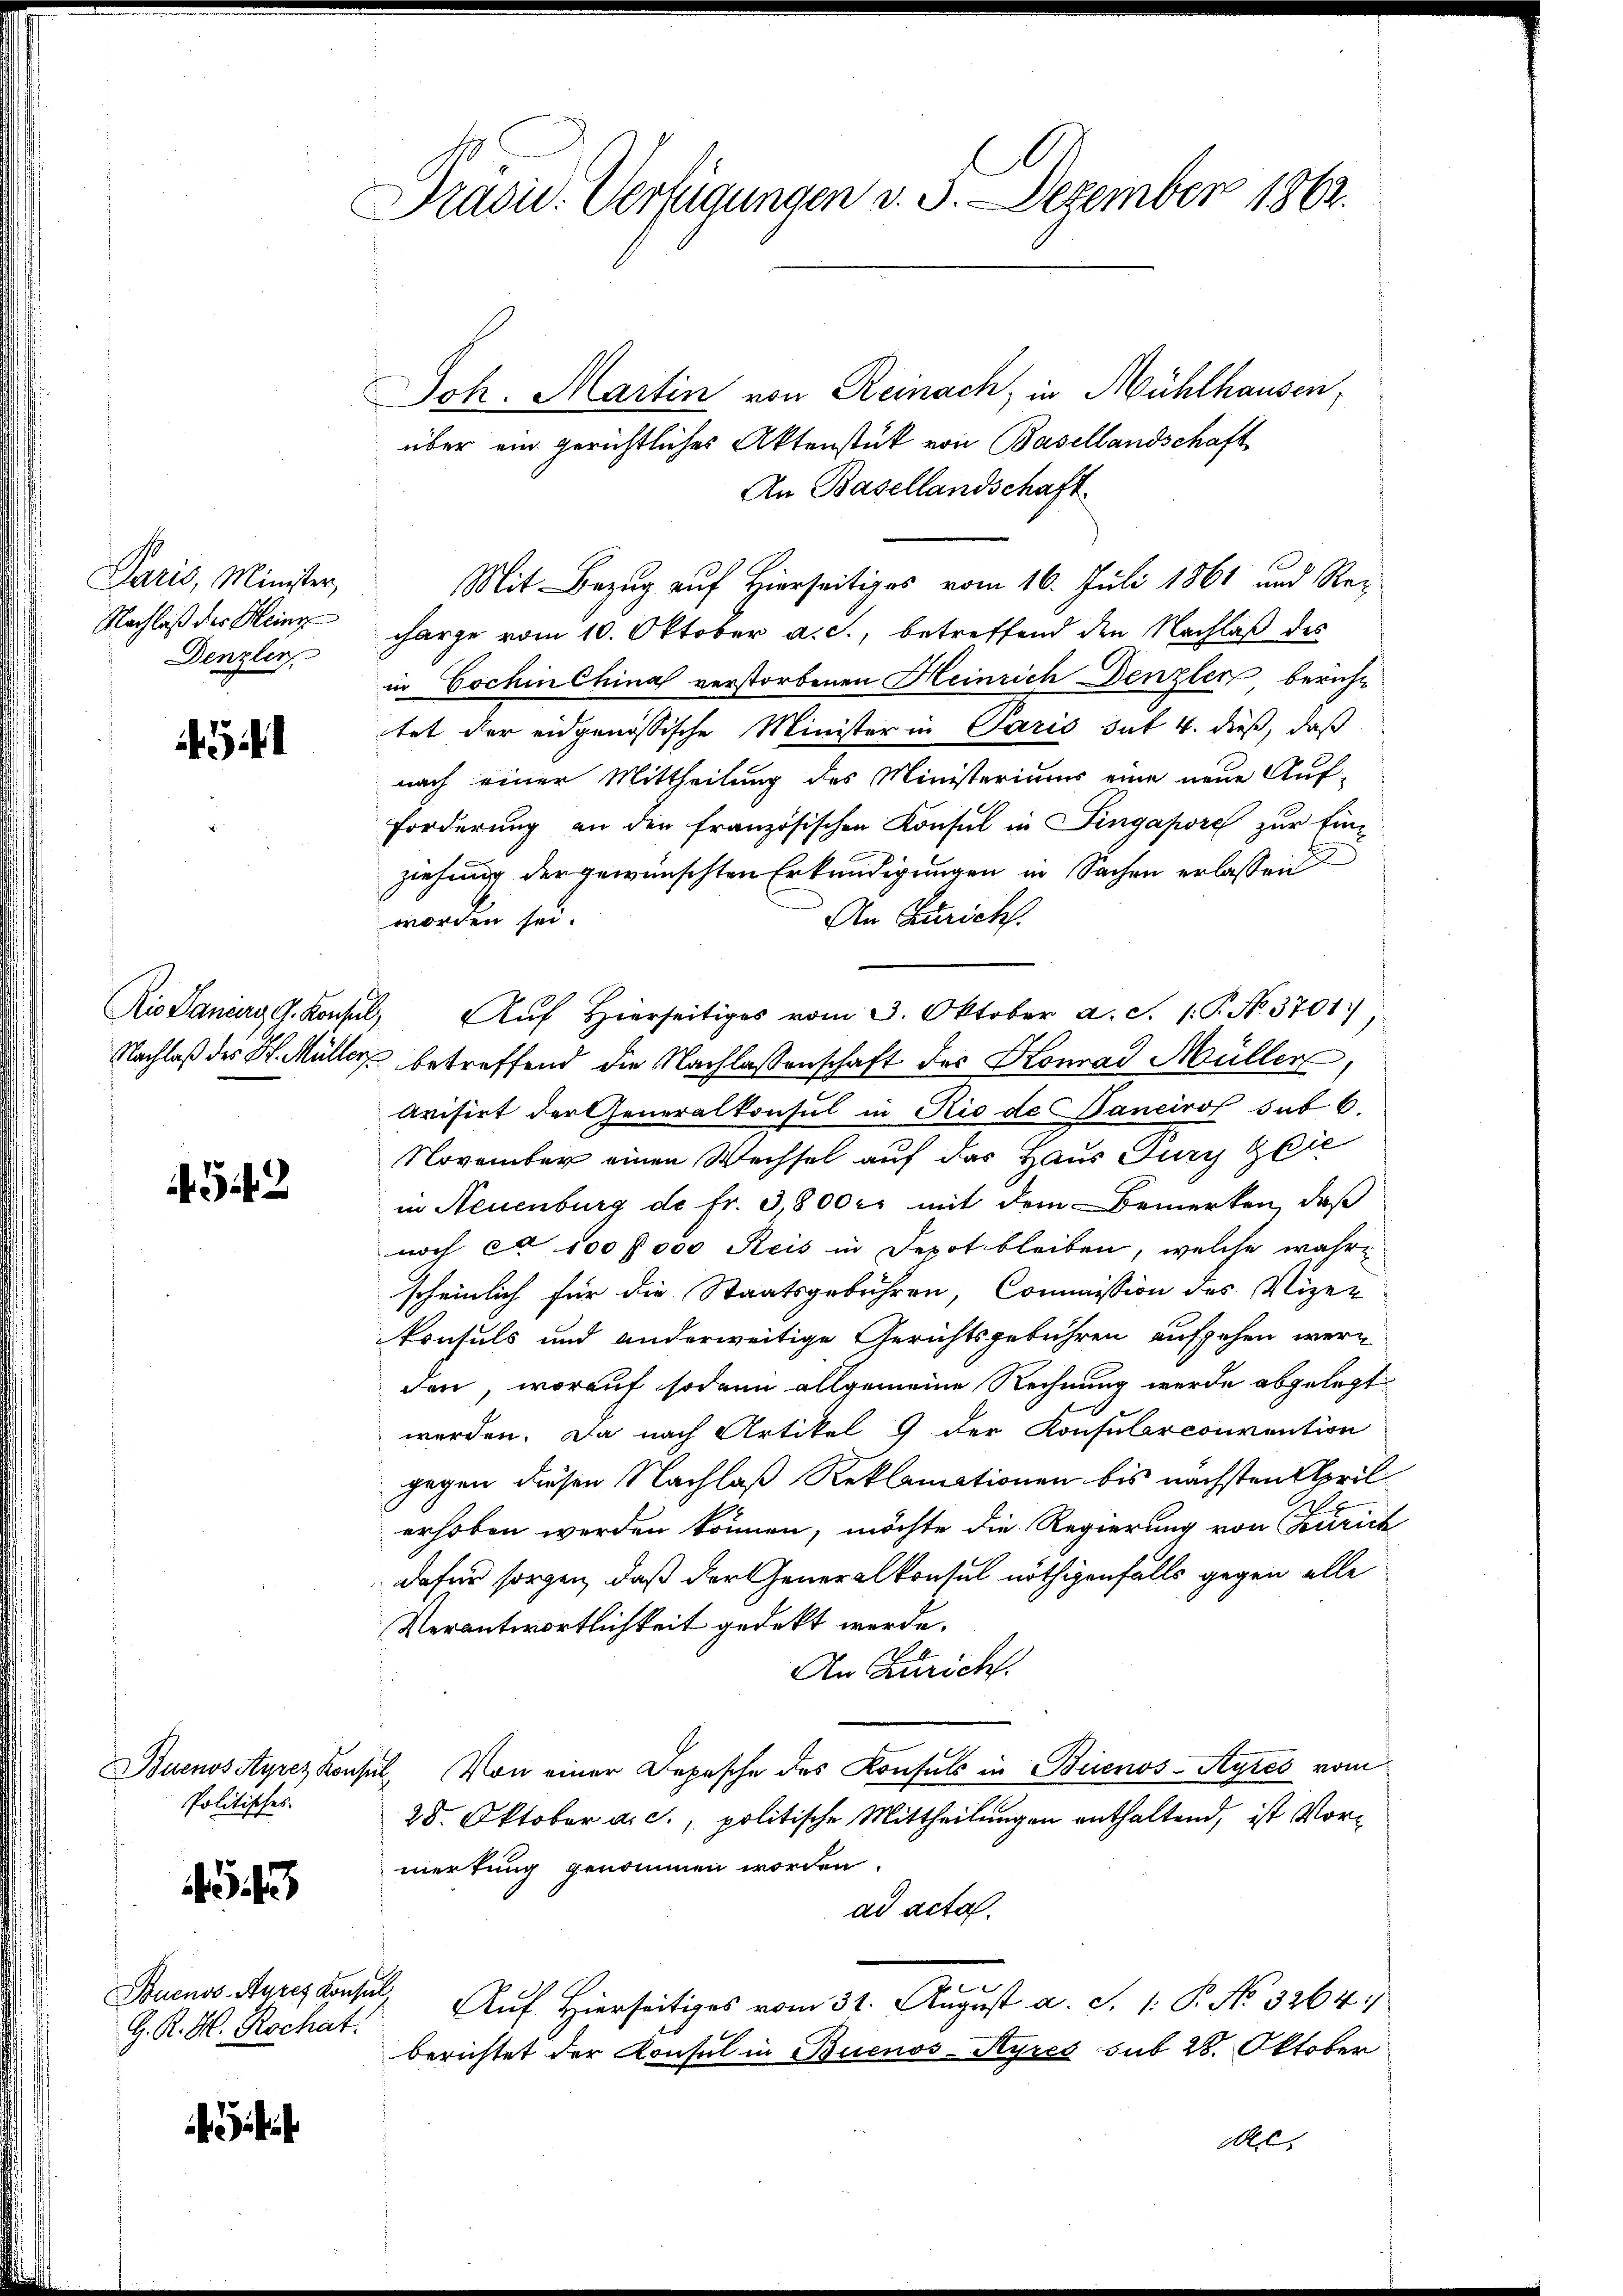
Paris, Minister,
Nachlaß der Meine
Denzlin

¬

452

Joh. Martin von Reinach, in Mühlhausen,
über ein gerichtliches Aktenstück von Basellandschaft
An Basellandschaft
Mit Bezug auf Hierseitiges vom 16. Juli 1861 und Re-
charge vom 10. Oktober a. c., betreffend den Nachlaß des
in Cochin China verstorbenen Meinrich Denzler beruht
tet der eidgenössische Minister in Paris sut 4. dieß, daß
nach einer Mittheilung des Ministeriums eine neue Auf-
Forderung an den französischen Konsul in Pingapore zur Ein-
ziehung der gewünschten Erkundigungen in Sachen erlassen
An Zürich.
worden sei.
Ris Daniers d. Konsul, Aŭf Hierseitiges vom 3. Oktober a. S. 1 P. N. 3701)
Nachlaß des H. Müller betreffend die Nachlassenschaft des Konrad Müller,
Avisirt der Generalkonsul in Rio de Banciro sub 6.
November einen Wechsel auf das Haus Jury Glie
in Neuenburg de fr. 3,800 r. mit dem Bemerken, daß
noch ca 100 f 000 Reis in Depot bleiben, welche wahrscheinlich für die Staatsgebühren, Commission des Vize-
konsuls und anderweitige Gerichtsgebühren aufgehen werden, worauf sodann allgemeine Rechnung werde abgelegt
werden. Da nach Artikel 9 der Konsularconvention
gegen diesen Nachlaß Reklamationen bis nächsten Aprilerhoben werden können, möchte die Regierung von Zürich
dafür sorgen, daß der Generalkonsul nöthigenfalls gegen alle
Verantwortlichkeit gedekt werde.
An Züricht.
Buenossyrez Konsul, Von einer Depesche des Konsuls in Buenos-Ayres vom
25. Oktober a. c., politische Mittheilungen enthaltend, ist Vormertung genommen worden.
ad acta.
Auf Hierseits vom 31. August a. S. 1: P. No. 3264
berichtet der Konsul in Buenos-Ayres sub 28. Oktober
de.

Politisches

43. 43

Buenos-Aurch Konsul,
H. R. H. Rochat:

Prasid. Verfügungen d. 3. Dezember 1862.